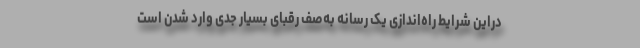
دراین شرایط راه‌اندازی یک رسانه به‌صف رقبای بسیار جدی وارد شدن است